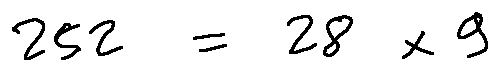
2 5 2 = 2 8 \times 9